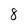
Character: 8